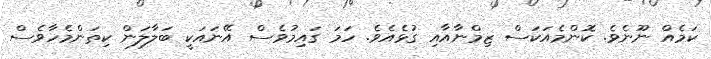
ކަމެއް ނޫނެވެ. ކޮންމެއަކަސް ޒިމްނާއާއި ގުޅެއެވެ. ހަމަ ގައިމުވެސް އޭނައަކީ ބަލާލަން ކިތަންމެހާވެސް